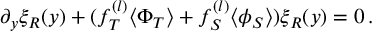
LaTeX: \partial _ { y } \xi _ { R } ( y ) + ( f _ { T } ^ { ( l ) } \langle \Phi _ { T } \rangle + f _ { S } ^ { ( l ) } \langle \phi _ { S } \rangle ) \xi _ { R } ( y ) = 0 \, .